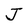
Character: J